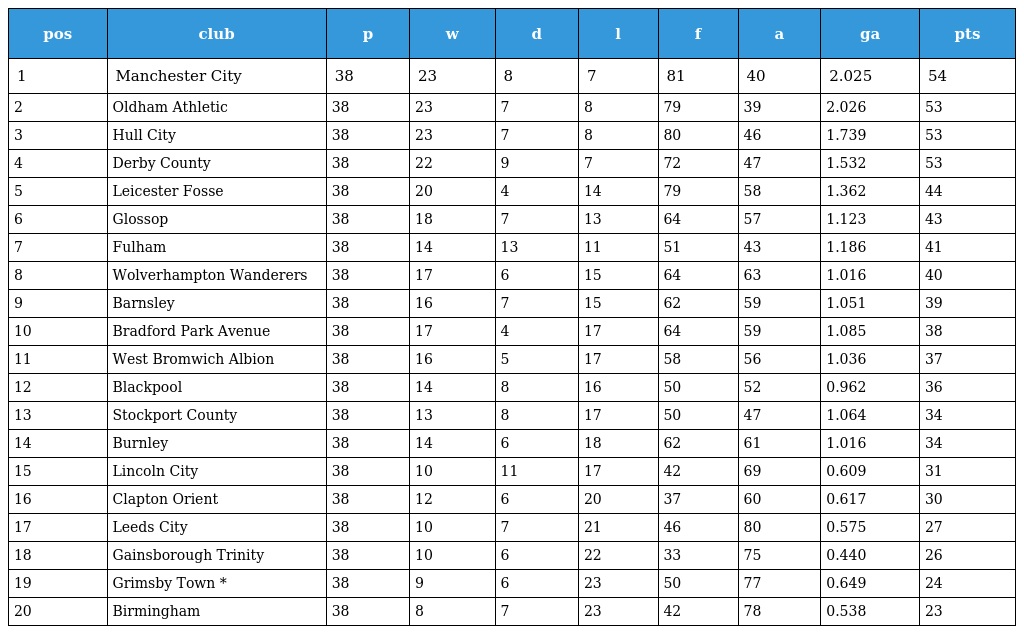
| pos | club | p | w | d | l | f | a | ga | pts |
 | --- | --- | --- | --- | --- | --- | --- | --- | --- | --- |
 | 1 | Manchester City | 38 | 23 | 8 | 7 | 81 | 40 | 2.025 | 54 |
 | 2 | Oldham Athletic | 38 | 23 | 7 | 8 | 79 | 39 | 2.026 | 53 |
 | 3 | Hull City | 38 | 23 | 7 | 8 | 80 | 46 | 1.739 | 53 |
 | 4 | Derby County | 38 | 22 | 9 | 7 | 72 | 47 | 1.532 | 53 |
 | 5 | Leicester Fosse | 38 | 20 | 4 | 14 | 79 | 58 | 1.362 | 44 |
 | 6 | Glossop | 38 | 18 | 7 | 13 | 64 | 57 | 1.123 | 43 |
 | 7 | Fulham | 38 | 14 | 13 | 11 | 51 | 43 | 1.186 | 41 |
 | 8 | Wolverhampton Wanderers | 38 | 17 | 6 | 15 | 64 | 63 | 1.016 | 40 |
 | 9 | Barnsley | 38 | 16 | 7 | 15 | 62 | 59 | 1.051 | 39 |
 | 10 | Bradford Park Avenue | 38 | 17 | 4 | 17 | 64 | 59 | 1.085 | 38 |
 | 11 | West Bromwich Albion | 38 | 16 | 5 | 17 | 58 | 56 | 1.036 | 37 |
 | 12 | Blackpool | 38 | 14 | 8 | 16 | 50 | 52 | 0.962 | 36 |
 | 13 | Stockport County | 38 | 13 | 8 | 17 | 50 | 47 | 1.064 | 34 |
 | 14 | Burnley | 38 | 14 | 6 | 18 | 62 | 61 | 1.016 | 34 |
 | 15 | Lincoln City | 38 | 10 | 11 | 17 | 42 | 69 | 0.609 | 31 |
 | 16 | Clapton Orient | 38 | 12 | 6 | 20 | 37 | 60 | 0.617 | 30 |
 | 17 | Leeds City | 38 | 10 | 7 | 21 | 46 | 80 | 0.575 | 27 |
 | 18 | Gainsborough Trinity | 38 | 10 | 6 | 22 | 33 | 75 | 0.440 | 26 |
 | 19 | Grimsby Town * | 38 | 9 | 6 | 23 | 50 | 77 | 0.649 | 24 |
 | 20 | Birmingham | 38 | 8 | 7 | 23 | 42 | 78 | 0.538 | 23 |